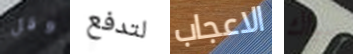
وقل لتدفع الاعجاب سباك